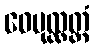
ဝေပုလ္လတ္တံ